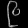
Digit: ၉